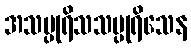
အသပ္ပုရိသသပ္ပုရိသေန